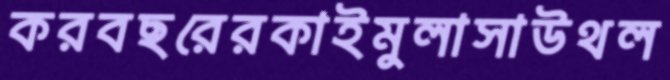
করবছরেরকাইমুলাসাউথল